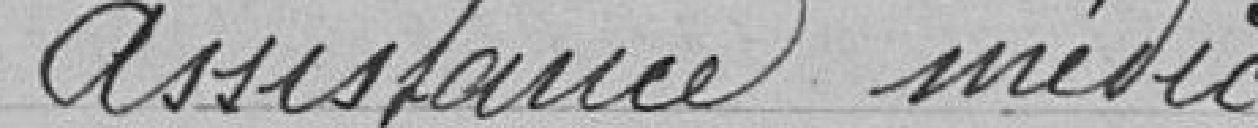
Assistance médicale gratuite